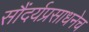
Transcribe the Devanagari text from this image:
सौंदर्यप्रसाधनेच